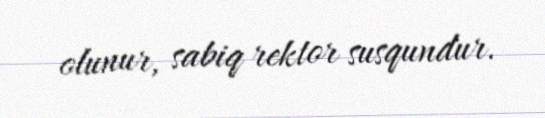
olunur, sabiq rektor susqundur.